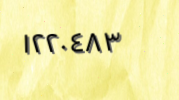
١٢٢٠٤٨٣